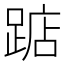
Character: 踮